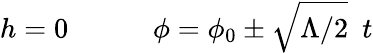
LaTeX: h=0~~~~~~~~~~~~\phi=\phi_{0}\pm\sqrt{\Lambda/2}~~t